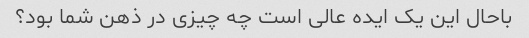
باحال این یک ایده عالی است چه چیزی در ذهن شما بود؟